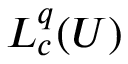
L _ { c } ^ { q } ( U )